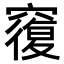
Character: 𥨍